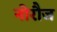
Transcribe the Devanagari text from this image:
नोरौज